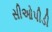
સીઓપીડી